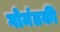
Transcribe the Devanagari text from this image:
गोमंतकी